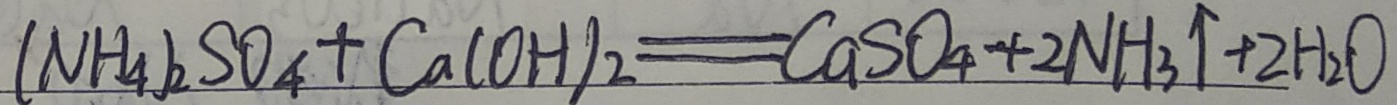
( N H _ { 4 } ) _ { 2 } S O _ { 4 } + C a ( O H ) _ { 2 } = C a S O _ { 4 } + 2 N H _ { 3 } \uparrow + 2 H _ { 2 } O